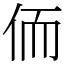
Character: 侕